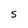
Character: S